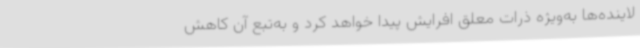
لاینده‌ها به‌ویژه ذرات معلق افرایش پیدا خواهد کرد و به‌تبع آن کاهش